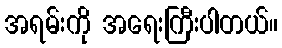
အရမ်းကို အရေးကြီးပါတယ်။